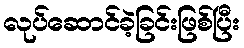
လုပ်ဆောင်ခဲ့ခြင်းဖြစ်ပြီး